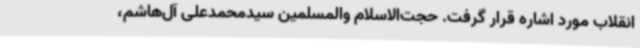
انقلاب مورد اشاره قرار گرفت. حجت‌الاسلام والمسلمین سیدمحمدعلی آل‌هاشم،